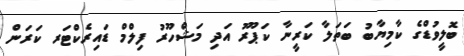
ބޮލީވުޑްގެ ކާމިޔާބު ބަތަލާ ކަރީނާ ކަޕޫރު އަދި މަޝްހޫރު ފިލްމް ޑައިރެކްޓަރ ކަރަން